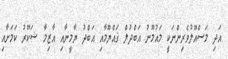
އަދި މަސްއޫލުވެރިންނަކީ މައުމޫނު އަބްދުލް ޤައްޔޫމާއި އަބްދު ޔާމީނާއި އާޒިމާ ޝަކޫރު ކަމަށާއި